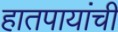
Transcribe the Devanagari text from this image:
हातपायांची